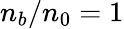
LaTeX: n_{b}/n_{0}=1